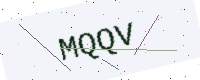
Text: MQQV